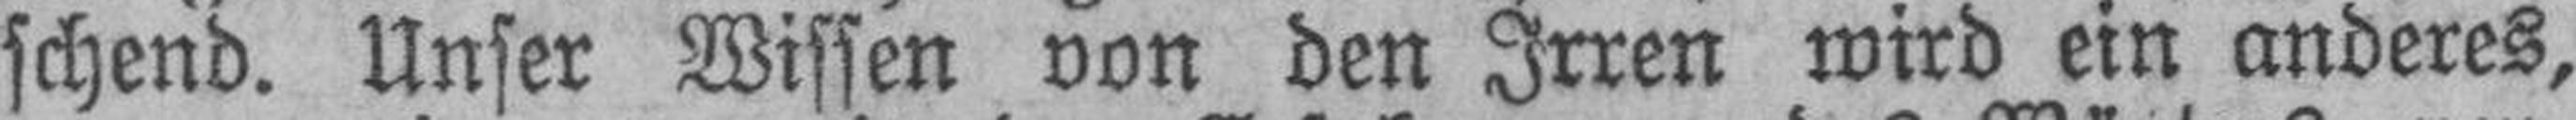
schend. Unser Wissen von den Irren wird ein anderes,